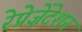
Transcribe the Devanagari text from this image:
रेप्रेज़ेंटेशन